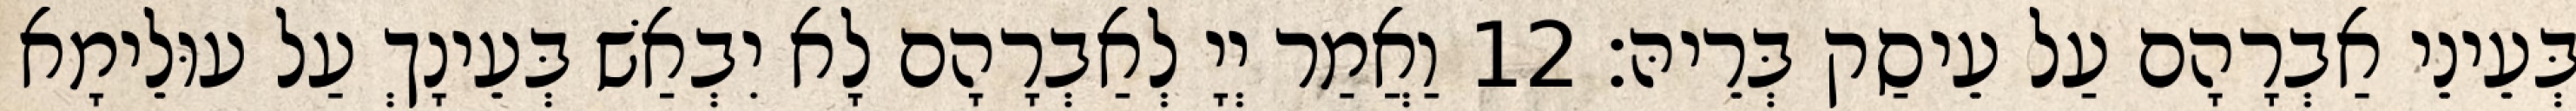
בְּעֵינֵי אַבְרָהָם עַל עֵיסַק בְּרֵיהּ׃ 12 וַאֲמַר יְיָ לְאַבְרָהָם לָא יִבְאַשׁ בְּעֵינָךְ עַל עוּלֵימָא